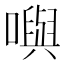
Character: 𡁎